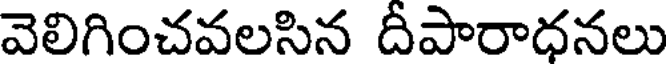
వెలిగించవలసిన దీపారాధనలు